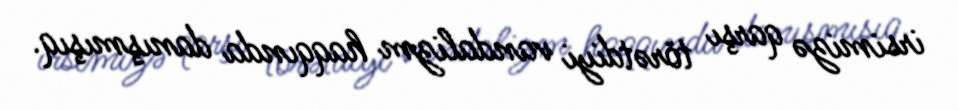
irsimizə qarşı törətdiyi vandalizm haqqında danışmışıq.